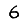
Digit: 6